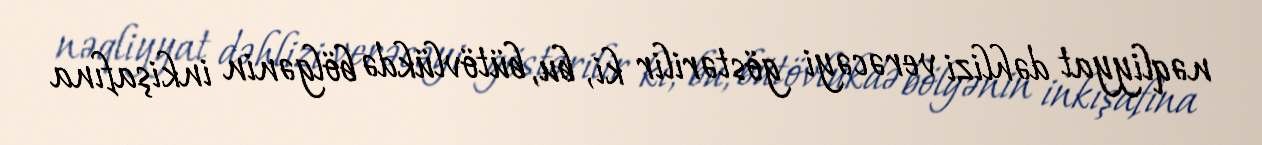
nəqliyyat dəhlizi verəcəyi göstərilir ki, bu, bütövlükdə bölgənin inkişafına